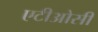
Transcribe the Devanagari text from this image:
एटीओसी